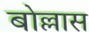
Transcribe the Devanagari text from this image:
बोल्लास